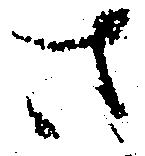
さ